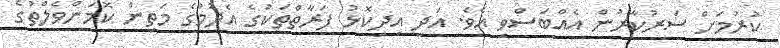
ކުރުމަށް ސަރުކާރުން އެއްބަސްވި އެވެ. އަދި އިދިކޮޅު ފަރާތްތަކުގެ އެދުމުގެ މަތިން ކޮމަންވެލްތުގެ